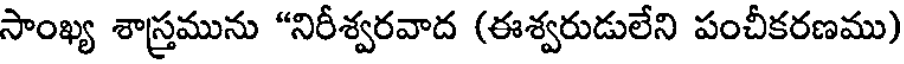
సాంఖ్య శాస్త్రమును "నిరీశ్వరవాద (ఈశ్వరుడులేని పంచీకరణము)